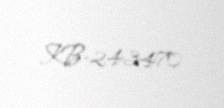
KB-243470